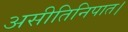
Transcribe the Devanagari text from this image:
असीतिनिपात।